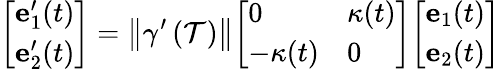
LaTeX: {\left[\begin{array}{l}{\mathbf{e}_{1}^{\prime}(t)}\\ {\mathbf{e}_{2}^{\prime}(t)}\end{array}\right]}=\left\Vert\gamma^{\prime}\left(\mathcal{T}\right)\right\Vert{\left[\begin{array}{ll}{0}&{\kappa(t)}\\ {-\kappa(t)}&{0}\end{array}\right]}{\left[\begin{array}{l}{\mathbf{e}_{1}(t)}\\ {\mathbf{e}_{2}(t)}\end{array}\right]}